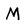
Character: M